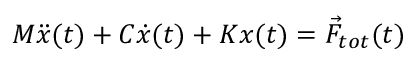
M \ddot { x } ( t ) + C \dot { x } ( t ) + K x ( t ) = \vec { F } _ { t o t } ( t )